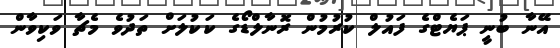
އޭނާ ބުނީ ޕަޔެޓްގެ ފައުލް ކުރުމުން ރޮނާލްޑޯގެ ކަކުލަށް ތަދުވެ މެޗާ ވަކިވާން